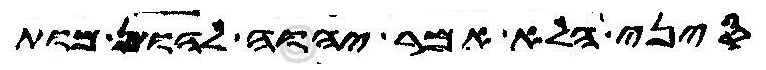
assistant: סיני הלא אמר יהוה להון מות